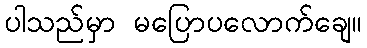
ပါသည်မှာ မပြောပလောက်ချေ။